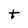
Character: t